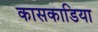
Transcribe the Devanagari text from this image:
कासकाडिया